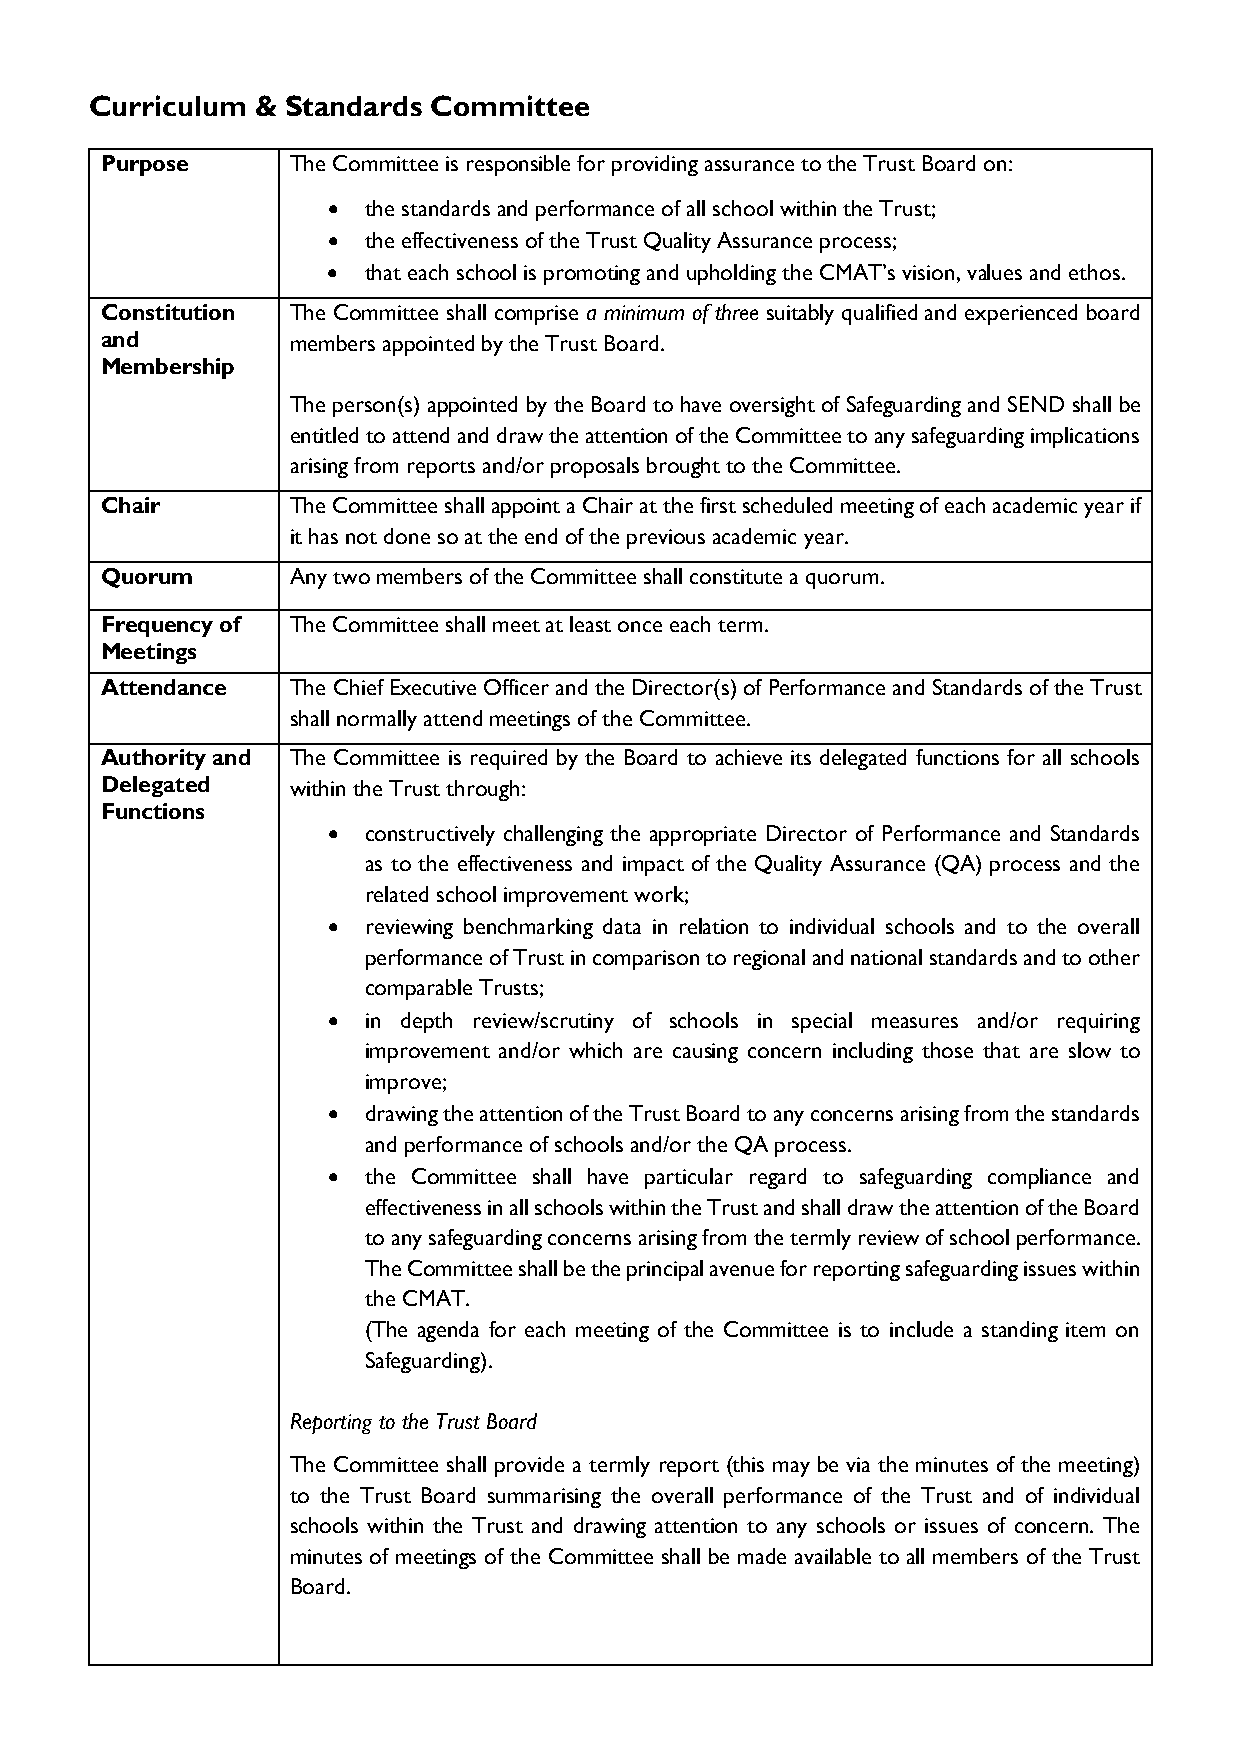
Curriculum & Standards Committee
 Purpose     The Committee is responsible for providing assurance to the Trust Board on:
 • the standards and performance of all school within the Trust;
 • the effectiveness of the Trust Quality Assurance process;
 • that each school is promoting and upholding the CMAT’s vision, values and ethos.
 Constitution The Committee shall comprise a minimum of three suitably qualified and experienced board
 and         members appointed by the Trust Board.
 Membership
 The person(s) appointed by the Board to have oversight of Safeguarding and SEND shall be
 entitled to attend and draw the attention of the Committee to any safeguarding implications
 arising from reports and/or proposals brought to the Committee.
 Chair       The Committee shall appoint a Chair at the first scheduled meeting of each academic year if
 it has not done so at the end of the previous academic year.
 Quorum      Any two members of the Committee shall constitute a quorum.
 Frequency of The Committee shall meet at least once each term.
 Meetings
 Attendance  The Chief Executive Officer and the Director(s) of Performance and Standards of the Trust
 shall normally attend meetings of the Committee.
 Authority and The Committee is required by the Board to achieve its delegated functions for all schools
 Delegated   within the Trust through:
 Functions
 • constructively challenging the appropriate Director of Performance and Standards
 as to the effectiveness and impact of the Quality Assurance (QA) process and the
 related school improvement work;
 • reviewing benchmarking data in relation to individual schools and to the overall
 performance of Trust in comparison to regional and national standards and to other
 comparable Trusts;
 • in depth review/scrutiny of schools in special measures and/or requiring
 improvement and/or which are causing concern including those that are slow to
 improve;
 • drawing the attention of the Trust Board to any concerns arising from the standards
 and performance of schools and/or the QA process.
 • the Committee shall have particular regard to safeguarding compliance and
 effectiveness in all schools within the Trust and shall draw the attention of the Board
 to any safeguarding concerns arising from the termly review of school performance.
 The Committee shall be the principal avenue for reporting safeguarding issues within
 the CMAT.
 (The agenda for each meeting of the Committee is to include a standing item on
 Safeguarding).
 Reporting to the Trust Board
 The Committee shall provide a termly report (this may be via the minutes of the meeting)
 to the Trust Board summarising the overall performance of the Trust and of individual
 schools within the Trust and drawing attention to any schools or issues of concern. The
 minutes of meetings of the Committee shall be made available to all members of the Trust
 Board.